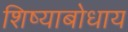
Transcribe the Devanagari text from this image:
शिष्याबोधाय